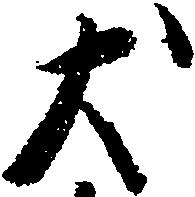
犬